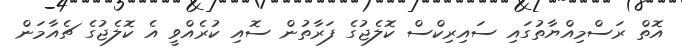
އޮތް ރަސްމިއްޔާތުގައި ސައިރިކްސް ކޮލެޖުގެ ފަރާތުން ސޮއި ކުރެއްވީ އެ ކޮލެޖުގެ ޗެއާމަން